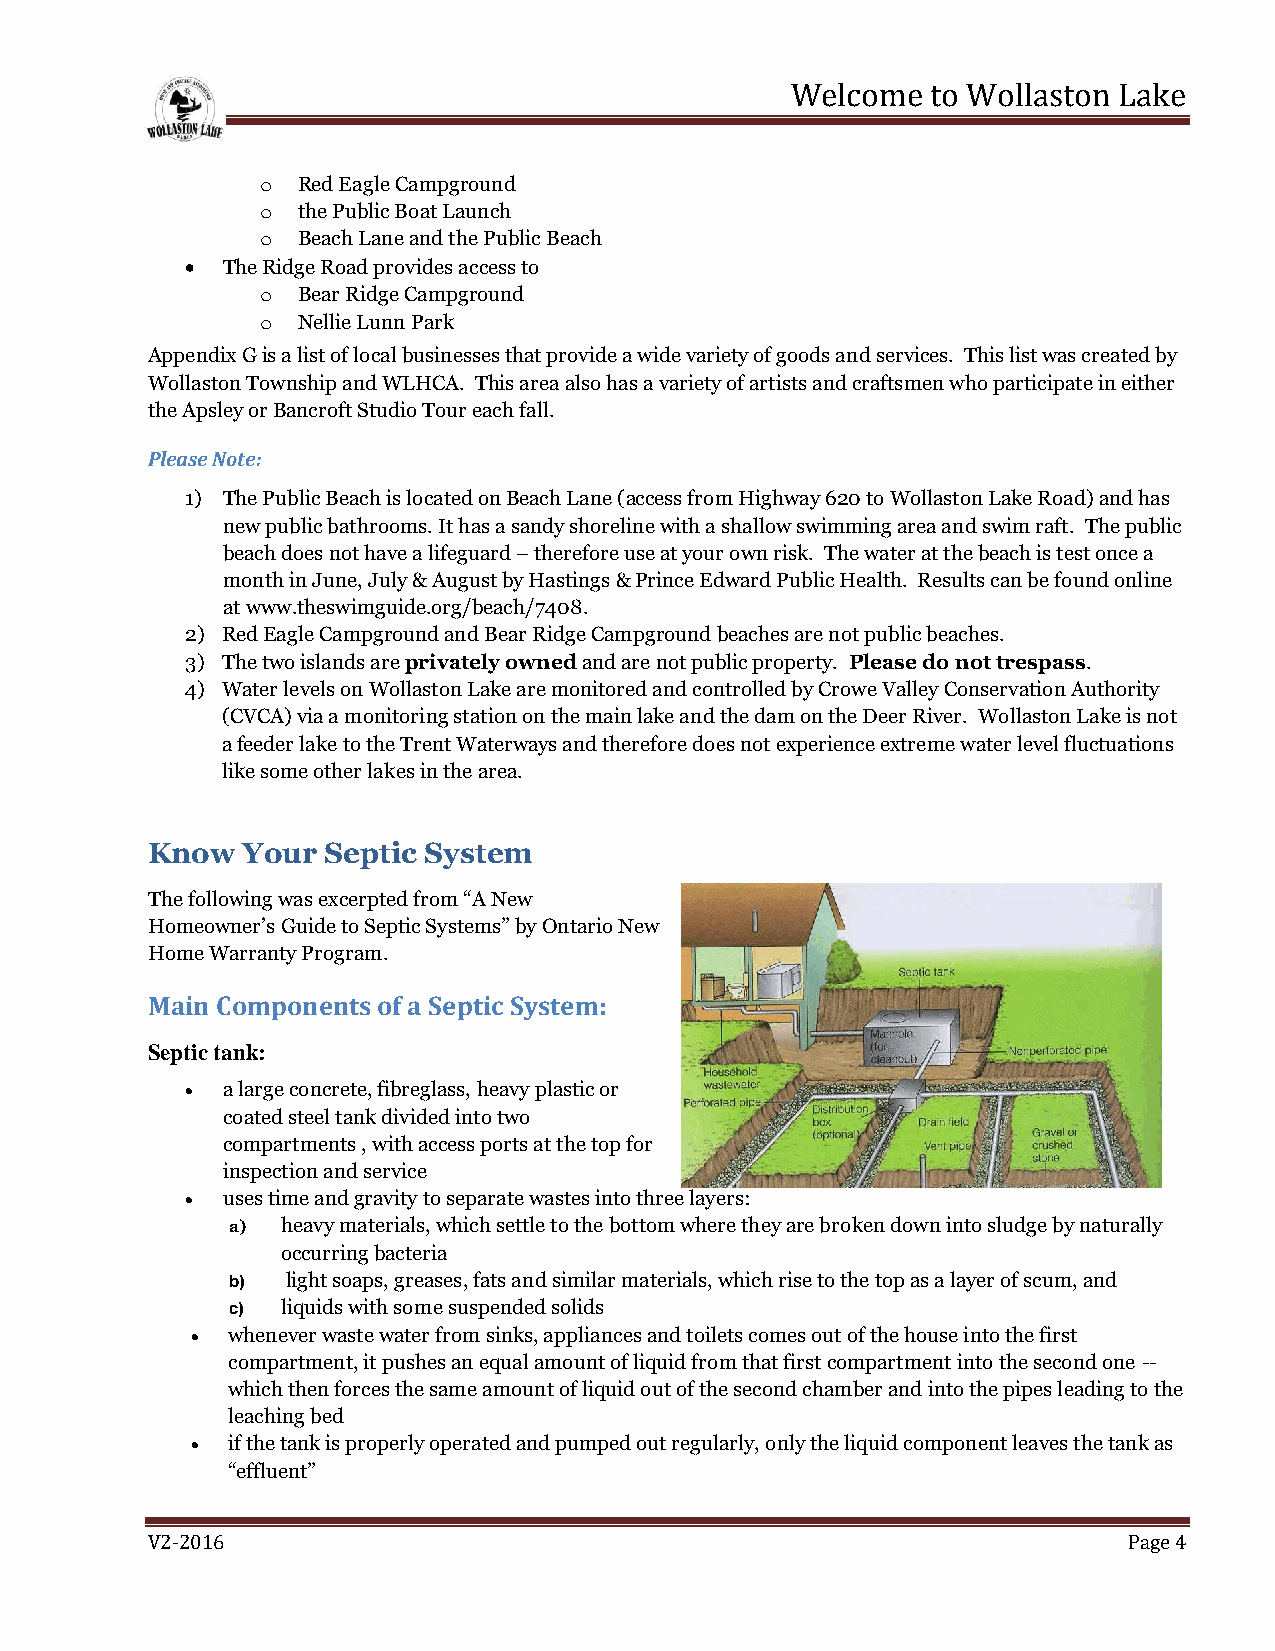
Welcome   to Wollaston Lake
 o  Red Eagle Campground
 o  the Public Boat Launch
 o  Beach Lane and the Public Beach
   The Ridge Road provides access to
 o  Bear Ridge Campground
 o  Nellie Lunn Park
 Appendix G is a list of local businesses that provide a wide variety of goods and services. This list was created by
 Wollaston Township and WLHCA. This area also has a variety of artists and craftsmen who participate in either
 the Apsley or Bancroft Studio Tour each fall.
 Please Note:
 1) The Public Beach is located on Beach Lane (access from Highway 620 to Wollaston Lake Road) and has
 new public bathrooms. It has a sandy shoreline with a shallow swimming area and swim raft. The public
 beach does not have a lifeguard – therefore use at your own risk. The water at the beach is test once a
 month in June, July & August by Hastings & Prince Edward Public Health. Results can be found online
 at www.theswimguide.org/beach/7408.
 2) Red Eagle Campground and Bear Ridge Campground beaches are not public beaches.
 3) The two islands are privately owned and are not public property. Please do not trespass.
 4) Water levels on Wollaston Lake are monitored and controlled by Crowe Valley Conservation Authority
 (CVCA) via a monitoring station on the main lake and the dam on the Deer River. Wollaston Lake is not
 a feeder lake to the Trent Waterways and therefore does not experience extreme water level fluctuations
 like some other lakes in the area.
 Know  Your  Septic System
 The following was excerpted from “A New
 Homeowner’s Guide to Septic Systems” by Ontario New
 Home Warranty Program.
 Main Components of a Septic System:
 Septic tank:
   a large concrete, fibreglass, heavy plastic or
 coated steel tank divided into two
 compartments , with access ports at the top for
 inspection and service
   uses time and gravity to separate wastes into three layers:
 a)  heavy materials, which settle to the bottom where they are broken down into sludge by naturally
 occurring bacteria
 b)  light soaps, greases, fats and similar materials, which rise to the top as a layer of scum, and
 c)  liquids with some suspended solids
  whenever waste water from sinks, appliances and toilets comes out of the house into the first
 compartment, it pushes an equal amount of liquid from that first compartment into the second one --
 which then forces the same amount of liquid out of the second chamber and into the pipes leading to the
 leaching bed
  if the tank is properly operated and pumped out regularly, only the liquid component leaves the tank as
 “effluent”
 V2-2016                                                          Page 4